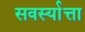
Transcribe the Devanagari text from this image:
सवर्स्यात्ता